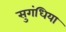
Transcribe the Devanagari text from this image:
सुगंधिया